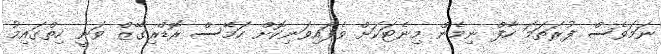
ނަމަވެސް ފުރަތަމަ ހާފް ނިމެން މިނެޓަކަށް ވެފައިވަނިކޮށް ހަމޭސް ރޮޑްރިގޭޒް ވަނީ ހިތްގައިމު